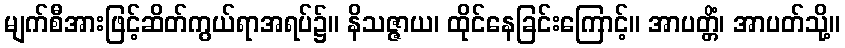
မျက်စီအားဖြင့်ဆိတ်ကွယ်ရာအရပ်၌။ နိသဇ္ဇာယ၊ ထိုင်နေခြင်းကြောင့်။ အာပတ္တိံ၊ အာပတ်သို့။